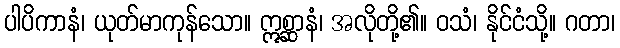
ပါပိကာနံ၊ ယုတ်မာကုန်သော။ ဣစ္ဆာနံ၊ အလိုတို့၏။ ဝသံ၊ နိုင်ငံသို့။ ဂတာ၊